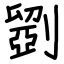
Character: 𠠇